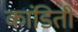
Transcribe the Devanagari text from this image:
कांडिती